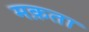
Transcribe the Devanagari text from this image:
मक़ता